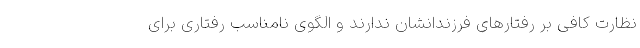
نظارت کافی بر رفتارهای فرزندانشان ندارند و الگوی نامناسب رفتاری برای